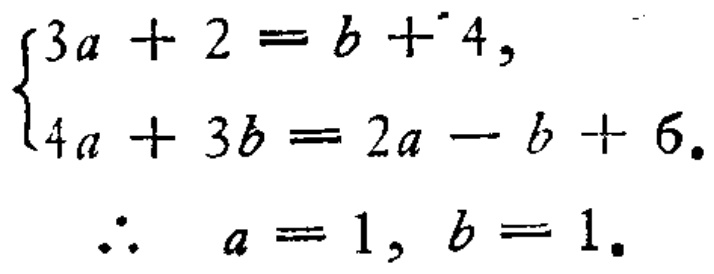
\[\begin{cases}3a + 2 = b + 4,\\4a + 3b = 2a - b + 6.\end{cases}\]

\(\therefore a = 1, b = 1.\)